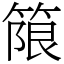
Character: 䈨